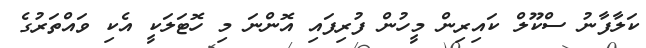
ކަލާފާނު ސްކޫލް ކައިރިން މީހުން ފުރިފައި އޮންނަ މި ހޮޓަލަކީ އެކި ވައްތަރުގެ